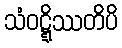
သံဝဋ္ဋိဿတိပိ